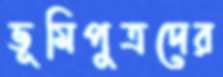
ভূমিপুত্রদের